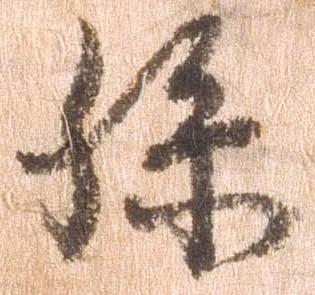
孫